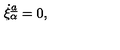
\dot { \xi } _ { \alpha } \sp { \underline { { a } } } = 0 ,